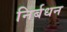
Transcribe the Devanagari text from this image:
निर्बधन